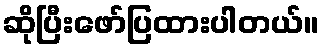
ဆိုပြီးဖော်ပြထားပါတယ်။